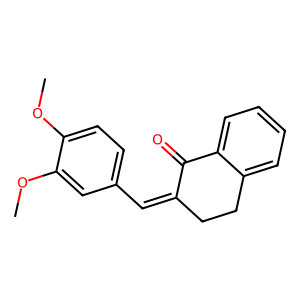
SMILES: COc1ccc(C=C2CCc3ccccc3C2=O)cc1OC
Inhibits HIV replication: No